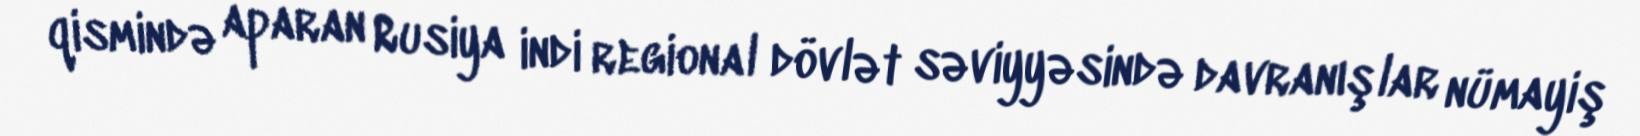
qismində aparan Rusiya indi regional dövlət səviyyəsində davranışlar nümayiş